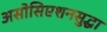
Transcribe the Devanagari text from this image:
असोसिएशनसुद्धा